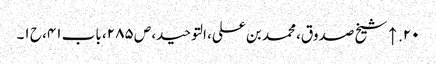
۲۰. ↑ شیخ صدوق، محمد بن علی، التوحید، ص ۲۸۵، باب ۴۱، ح ۱۔